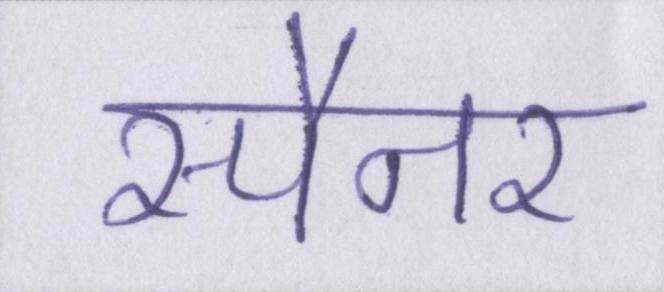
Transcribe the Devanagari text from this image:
स्पैनर